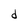
Character: d